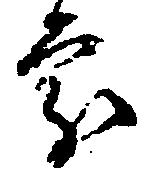
処